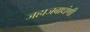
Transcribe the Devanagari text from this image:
जहाजबाधंणी